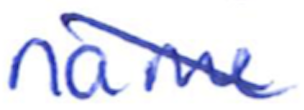
Text: name
Cross-out: mix
Writing tool: ballpoint